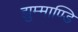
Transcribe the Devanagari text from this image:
झुम्माण्डि